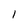
Character: 1